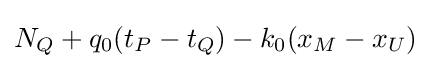
{N_{Q}+q_{0}(t_{P}-t_{Q})-k_{0}(x_{M}-x_{U})}